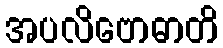
အပလိဗောဓာတိ